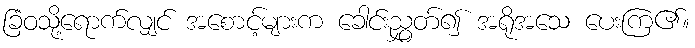
ခြံဝသို့ရောက်လျှင် အစောင့်များက ခေါင်းညွှတ်၍ အရိုအသေ ပေးကြ၏။